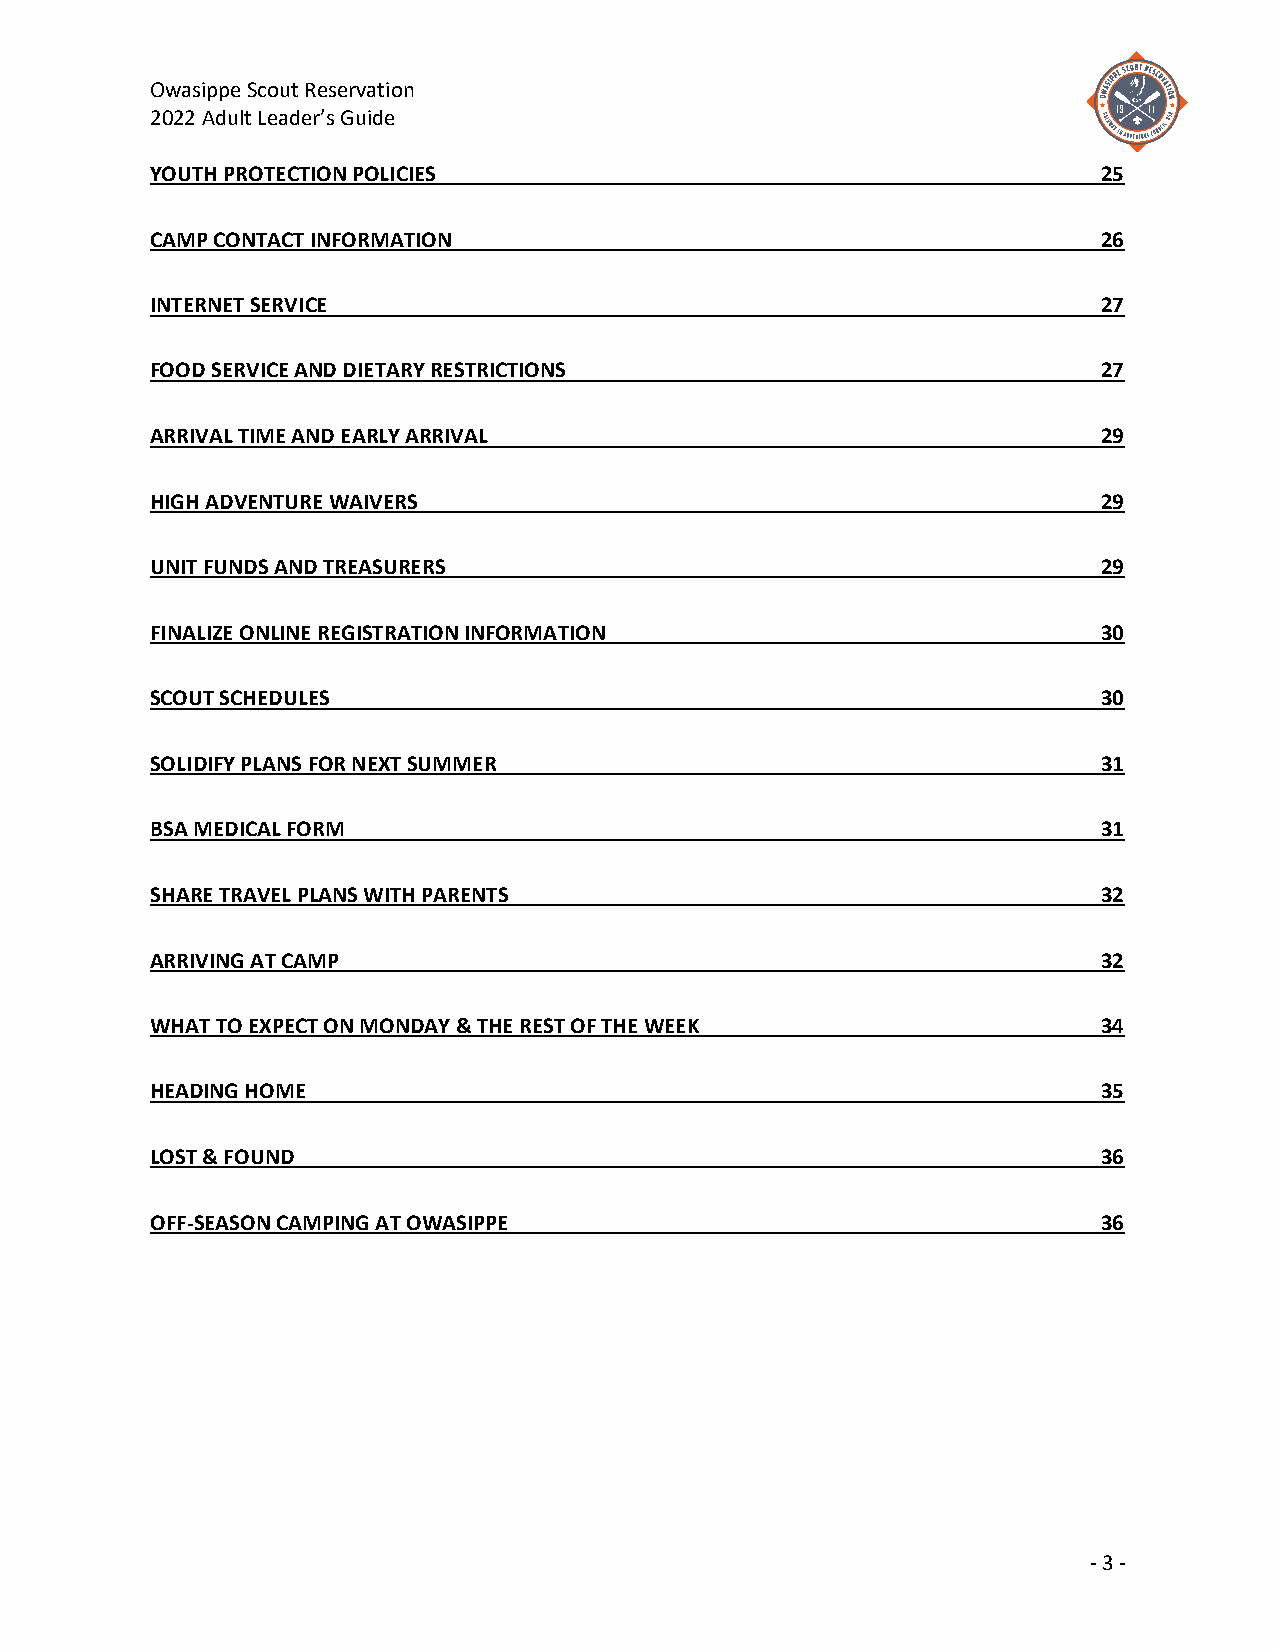
Owasippe Scout Reservation
 2022 Adult Leader’s Guide
 YOUTH PROTECTION POLICIES                                      25
 CAMP CONTACT INFORMATION                                       26
 INTERNET SERVICE                                               27
 FOOD SERVICE AND DIETARY RESTRICTIONS                          27
 ARRIVAL TIME AND EARLY ARRIVAL                                 29
 HIGH ADVENTURE WAIVERS                                         29
 UNIT FUNDS AND TREASURERS                                      29
 FINALIZE ONLINE REGISTRATION INFORMATION                       30
 SCOUT SCHEDULES                                                30
 SOLIDIFY PLANS FOR NEXT SUMMER                                 31
 BSA MEDICAL FORM                                               31
 SHARE TRAVEL PLANS WITH PARENTS                                32
 ARRIVING AT CAMP                                               32
 WHAT TO EXPECT ON MONDAY & THE REST OF THE WEEK                34
 HEADING HOME                                                   35
 LOST & FOUND                                                   36
 OFF-SEASON CAMPING AT OWASIPPE                                 36
 - 3 -